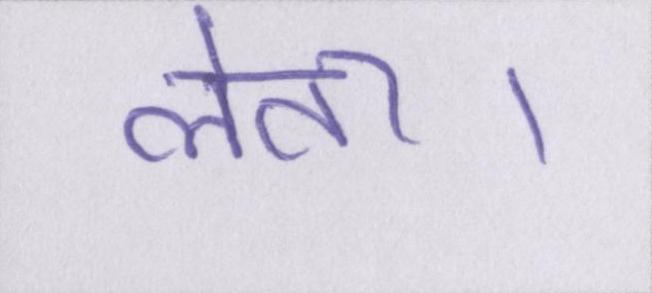
लेता।